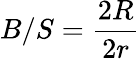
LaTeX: B/S=\frac{2R}{2r}